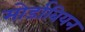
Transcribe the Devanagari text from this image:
मोर्डाबियन